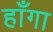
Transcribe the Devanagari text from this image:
हाँगा